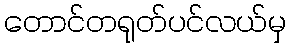
တောင်တရုတ်ပင်လယ်မှ